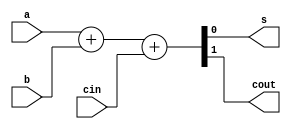
module full_adder(a,b,cin,s,cout);

input a,b,cin;
output s,cout;

assign {cout,s}=a+b+cin;


endmodule

module tb_full();

reg A,B,Cin;
wire Cout,S;

full_adder FA(
        .a(A),
        .b(B),
        .cin(Cin),
        .s(S),
        .cout(Cout)
);


initial
   begin
      #5 A=1'b0;B=1'b0;Cin=1'b0;
      #5 A=1'b0;B=1'b0;Cin=1'b1;
      #5 A=1'b0;B=1'b1;Cin=1'b0;
      #5 A=1'b0;B=1'b1;Cin=1'b1;
      #5 A=1'b1;B=1'b0;Cin=1'b0;
      #5 A=1'b1;B=1'b0;Cin=1'b1;
      #5 A=1'b1;B=1'b1;Cin=1'b0;
      #5 A=1'b1;B=1'b1;Cin=1'b1;
   end



endmodule